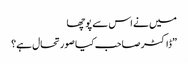
میں نے اس سے پوچھا
”ڈاکٹر صاحب کیا صورتحال ہے؟